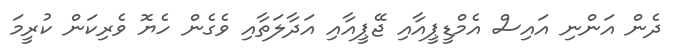
ދެން އަންނި އައިސް އެމްޑީޕީއާއި ޖޭޕީއާއި އަދާލަތާއި ވެގެން ހެޔޮ ވެރިކަން ކުރީމަ